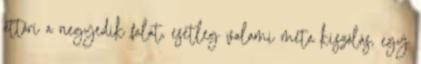
áttöri a negyedik falat, esetleg valami meta kiszólás, egy